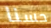
حسنا